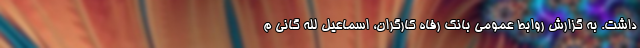
داشت. به گزارش روابط عمومی بانک رفاه کارگران، اسماعیل لله‌ گانی م